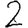
Digit: 2